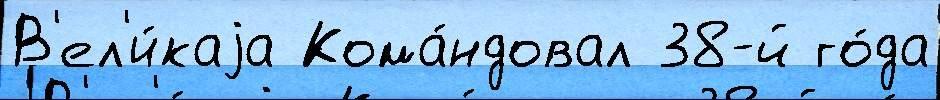
В'ел'и́каjа Кома́ндовал 38-й го́да